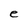
Character: e